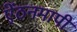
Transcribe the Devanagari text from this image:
ऐंठनमापी